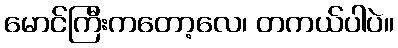
မောင်ကြီးကတော့လေ၊ တကယ်ပါပဲ။